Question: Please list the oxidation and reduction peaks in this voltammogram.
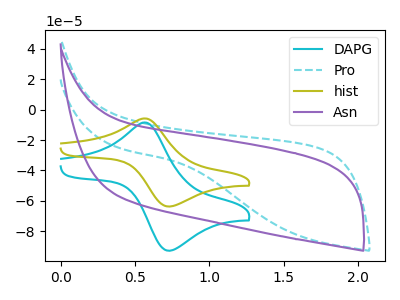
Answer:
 <answer>The cyan curve "DAPG" has an anodic peak at (0.55V, -8.50uA) and a cathodic peak at (0.70V, -92.65uA). The cyan dashed curve "Pro" has no peaks. The olive curve "hist" has an anodic peak at (0.55V, -5.85uA) and a cathodic peak at (0.70V, -63.60uA). The purple curve "Asn" has no peaks.</answer>
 <eval></eval>